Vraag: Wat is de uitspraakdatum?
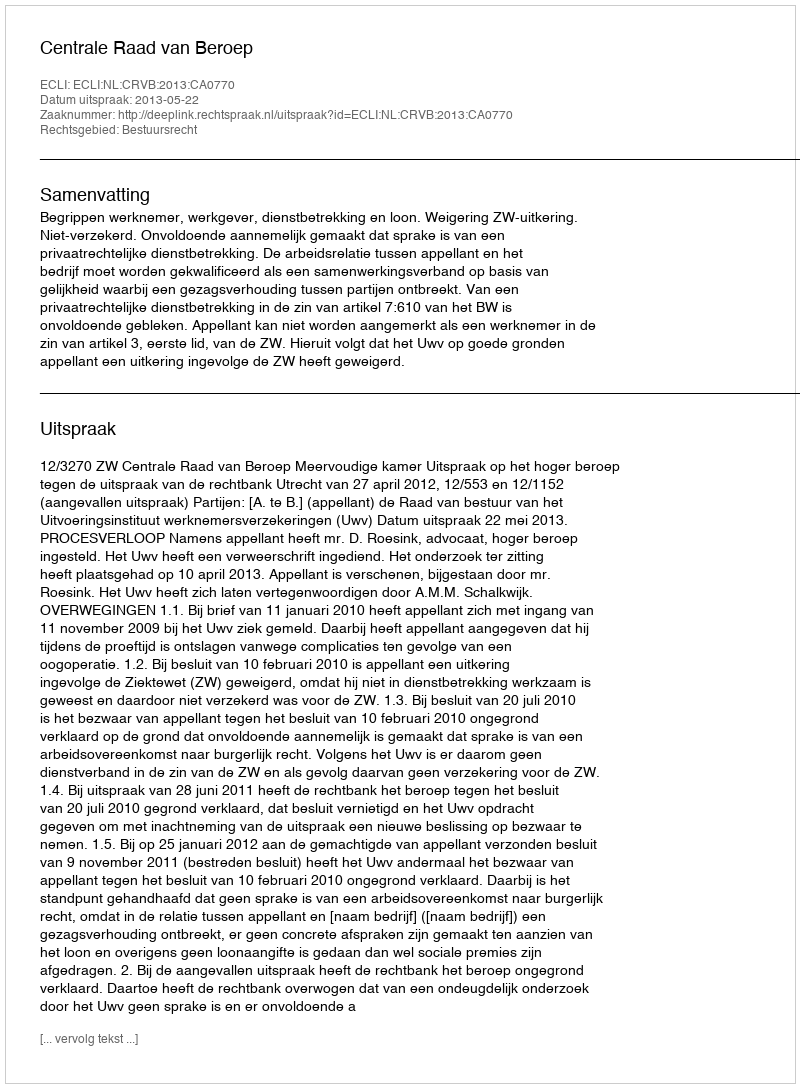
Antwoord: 2013-05-22